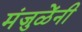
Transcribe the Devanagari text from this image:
मंजुळेंनी